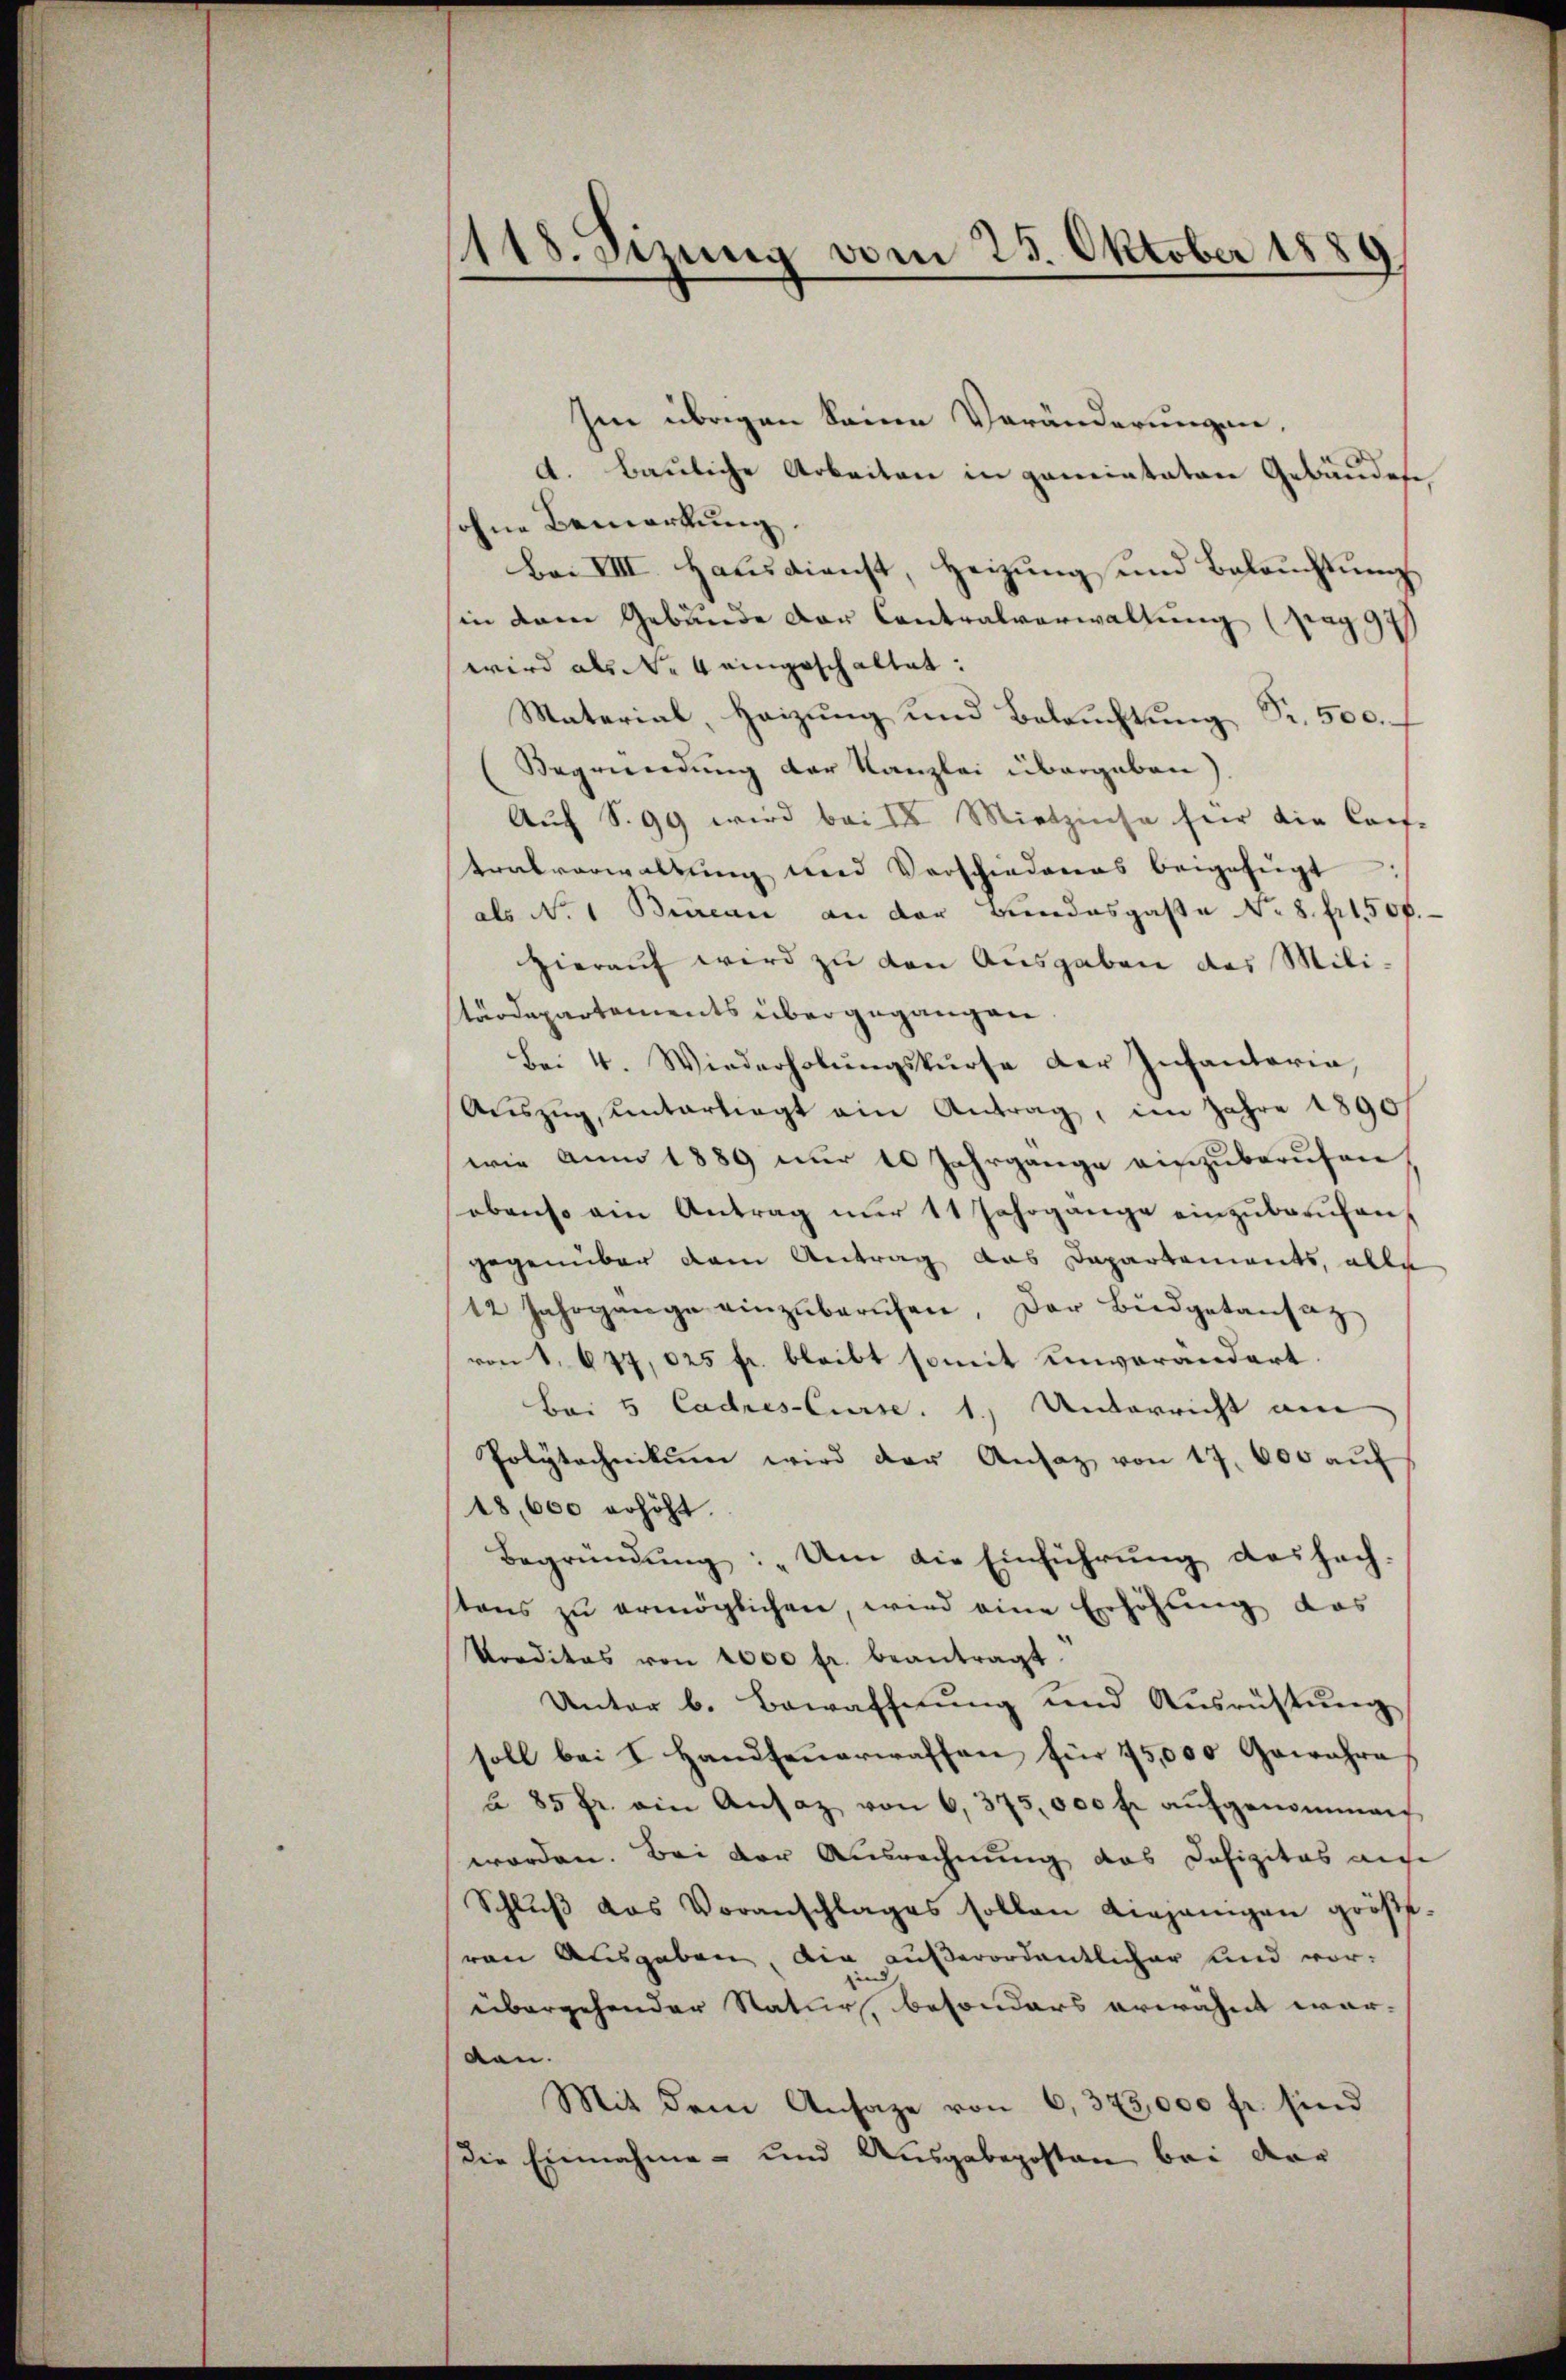
1118. Sizung vom 25. Oktober 1889

Im übrigen keine Veränderungen
A. Bauliche Arbeiten in gemeintatore Gebäudefe,
ohne Bemerkung.
Bai VIIII. Hausdienst, Heizung und Beleŭchtŭng
in dem Gebäude der Contralverwaltung (pag. 94
wird als die 4 eingeschaltet:
Material, Heizung und Beleuchtung Sr. 500. f
Begründung der Kanzlei übergeben
Auf S. 99 wird bei der Mietzinse für die Cauf-
tralverwaltung und Vorschiedenas beigefügt
als No 1 Bureau an der Bundesgaße No. 8. fr. 500.
hierauf wird zu den Ausgaben des Mili-
tärdepartements übergegangen
Bei 4. Wiederholŭngskurse der Infantaria
Aŭszŭg, Untertragt ein Antrag, im Jahre 1890/
wie anno 1889 nur 10 Jahrgange einzuberufen
obenso ein Antrag nŭr 11 Jahrgänge einzŭberŭfen,
gegenüber dem Antrag das Departements, alle
12 Jahrgange einzŭberŭfen, der Büdgetansaz
von 1. 677, 025 fr. bleibt somit unverändert.
Bei 5 Cadres-Curse. 1. Unterricht am
Polytechnikum wird der Ansatz von 17. 600 aŭf
18,600 erhöht.
Begründŭng: „Um die Einführŭng dessach-
tens zu ermöglichen, wird eine Erhöhung das
korditas von 1000 fr. beantragt.
Unter b. Bewaffnung und Ausrüstung
soll bei I Handfeuerwaffen für 45,000 Gewahre
à 85 fr. ein Ansaz von 6, 375,000 fl aŭfgenommen
worden. Bei der Ausrechnung das Defizitas auf
Schlŭβ das Voranschlages sollen diejenigen größ-
von Ausgaben, die außerordentlicher und vorübergehender Natur, besonders erwähnt war-
den.
Mit dem Ansage von 6,373,000 fr. sind
die Einnahme und Ausgabeposten bei der